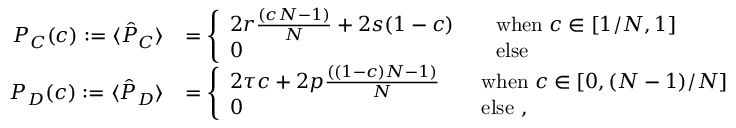
\begin{array} { r l } { P _ { C } ( c ) : = \langle \hat { P } _ { C } \rangle } & { = \left\{ \begin{array} { l l } { 2 r \frac { ( c N - 1 ) } { N } + 2 s ( 1 - c ) \quad } & { \mathrm { w h e n } \; c \in [ 1 / N , 1 ] } \\ { 0 } & { \mathrm { e l s e } } \end{array} \right. } \\ { P _ { D } ( c ) : = \langle \hat { P } _ { D } \rangle } & { = \left\{ \begin{array} { l l } { 2 \tau c + 2 p \frac { ( ( 1 - c ) N - 1 ) } { N } \quad } & { \mathrm { w h e n } \; c \in [ 0 , ( N - 1 ) / N ] } \\ { 0 } & { \mathrm { e l s e } ~ , } \end{array} \right. } \end{array}